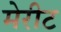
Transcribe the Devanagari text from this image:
मेरीट